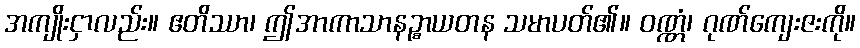
အကျိုးငှာလည်း။ ဧတိဿာ၊ ဤအာကာသာနဉ္စာယတန သမာပတ်၏။ ဝဏ္ဏံ၊ ဂုဏ်ကျေးဇးကို။